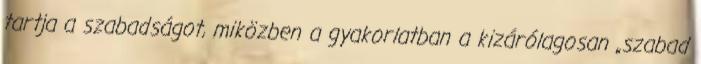
tartja a szabadságot, miközben a gyakorlatban a kizárólagosan „szabad